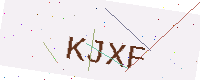
Text: KJXF